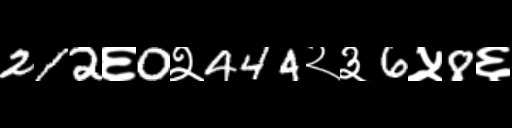
Text: 212६0२444२३6५8६